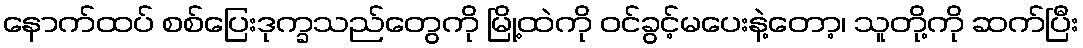
နောက်ထပ် စစ်ပြေးဒုက္ခသည်တွေကို မြို့ထဲကို ဝင်ခွင့်မပေးနဲ့တော့၊ သူတို့ကို ဆက်ပြီး